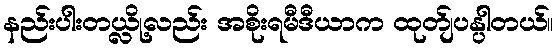
နည်းပါးတယ္လို့လည်း အစိုးရမီဒီယာက ထုတ်ျပန္ပါတယ်။